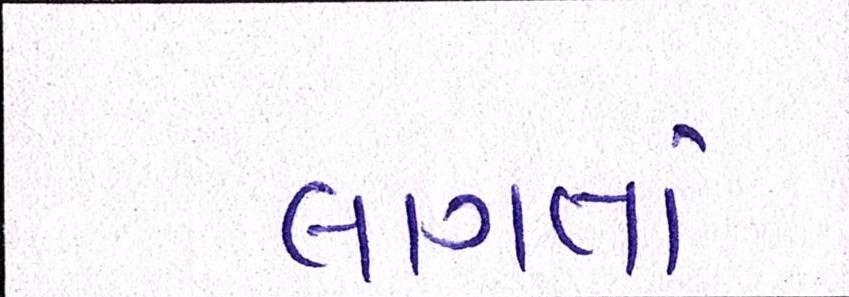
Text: લાગતાં